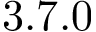
3 . 7 . 0